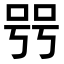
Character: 𠳯